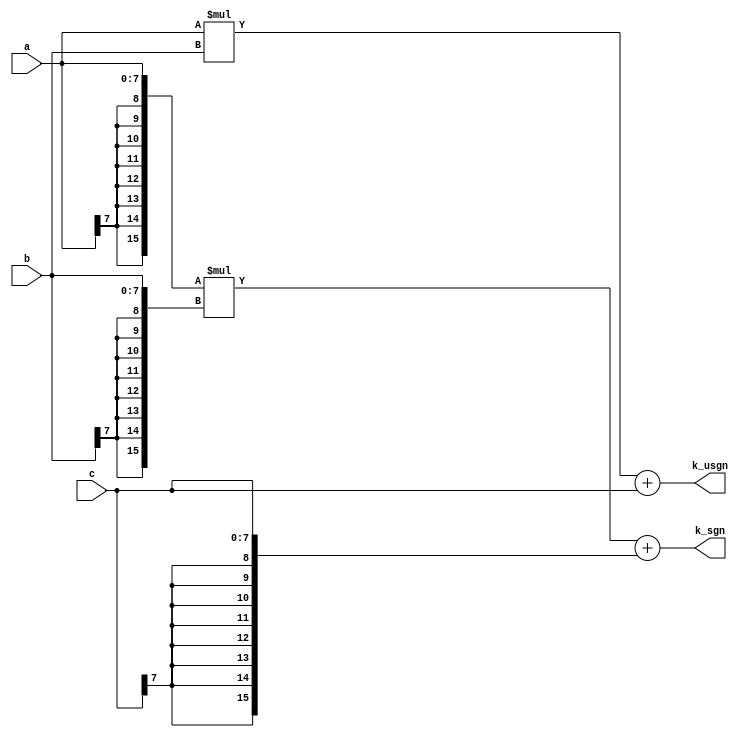
`timescale 1ns/1ns

module unsignandsignadder( a, b, c, k_usgn, k_sgn);
input 	[7:0]  a, b, c;
output  [15:0] k_usgn, k_sgn;
wire 	[15:0] tmp_usgn, tmp_sgn;
wire		[7:0] d_usgn, e_usgn, d_sgn, e_sgn;

//unsign adder
assign tmp_usgn = a*b;
assign {d_usgn, e_usgn} = tmp_usgn + {8'h00,c};
assign k_usgn   = {d_usgn, e_usgn};


//sign adder
assign tmp_sgn = {{8{a[7]}},a}*{{8{b[7]}},b};
assign {d_sgn, e_sgn} = tmp_sgn + {{8{c[7]}},c};
assign k_sgn   = {d_sgn, e_sgn};

endmodule